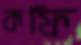
কফি